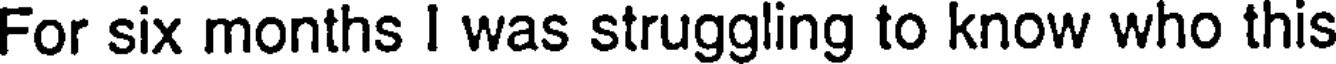
For six months I was struggling to know who this